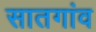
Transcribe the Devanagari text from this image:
सातगांव